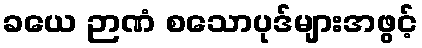
ခယေ ဉာဏံ စသောပုဒ်များအဖွင့်